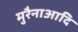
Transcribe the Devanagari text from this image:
मुरैनाआदि